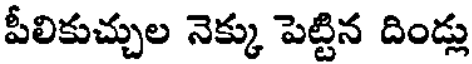
పీలికుచ్చుల నెక్కు పెట్టిన దిండ్లు